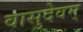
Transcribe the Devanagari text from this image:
वासुदेवम्